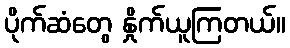
ပိုက်ဆံတွေ နှိုက်ယူကြတယ်။